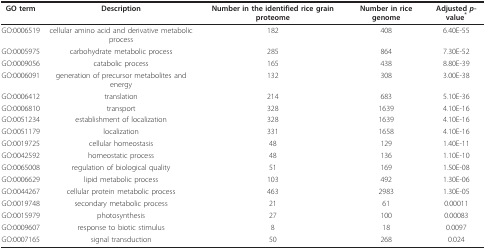
<table><thead><tr><td><b>GO term</b></td><td><b>Description</b></td><td><b>Number in the identified rice grain proteome</b></td><td><b>Number in rice genome</b></td><td><b>Adjusted <i>p</i>-value<sup>*</sup></b></td></tr></thead><tbody><tr><td>GO:0006519</td><td>cellular amino acid and derivative metabolic process</td><td>182</td><td>408</td><td>6.40E-55</td></tr><tr><td>GO:0005975</td><td>carbohydrate metabolic process</td><td>285</td><td>864</td><td>7.30E-52</td></tr><tr><td>GO:0009056</td><td>catabolic process</td><td>165</td><td>438</td><td>8.80E-39</td></tr><tr><td>GO:0006091</td><td>generation of precursor metabolites and energy</td><td>132</td><td>308</td><td>3.00E-38</td></tr><tr><td>GO:0006412</td><td>translation</td><td>214</td><td>683</td><td>5.10E-36</td></tr><tr><td>GO:0006810</td><td>transport</td><td>328</td><td>1639</td><td>4.10E-16</td></tr><tr><td>GO:0051234</td><td>establishment of localization</td><td>328</td><td>1639</td><td>4.10E-16</td></tr><tr><td>GO:0051179</td><td>localization</td><td>331</td><td>1658</td><td>4.10E-16</td></tr><tr><td>GO:0019725</td><td>cellular homeostasis</td><td>48</td><td>129</td><td>1.40E-11</td></tr><tr><td>GO:0042592</td><td>homeostatic process</td><td>48</td><td>136</td><td>1.10E-10</td></tr><tr><td>GO:0065008</td><td>regulation of biological quality</td><td>51</td><td>169</td><td>1.50E-08</td></tr><tr><td>GO:0006629</td><td>lipid metabolic process</td><td>103</td><td>492</td><td>1.30E-06</td></tr><tr><td>GO:0044267</td><td>cellular protein metabolic process</td><td>463</td><td>2983</td><td>1.30E-05</td></tr><tr><td>GO:0019748</td><td>secondary metabolic process</td><td>21</td><td>61</td><td>0.00011</td></tr><tr><td>GO:0015979</td><td>photosynthesis</td><td>27</td><td>100</td><td>0.00083</td></tr><tr><td>GO:0009607</td><td>response to biotic stimulus</td><td>8</td><td>18</td><td>0.0097</td></tr><tr><td>GO:0007165</td><td>signal transduction</td><td>50</td><td>268</td><td>0.024</td></tr></tbody></table>